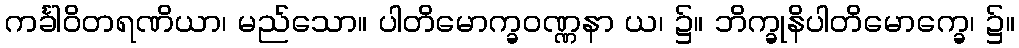
ကင်္ခါဝိတရဏိယာ၊ မည်သော။ ပါတိမောက္ခဝဏ္ဏနာ ယ၊ ၌။ ဘိက္ခုနိပါတိမောက္ခေ၊ ၌။